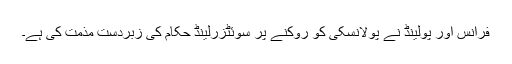
فرانس اور پولینڈ نے پولانسکی کو روکنے پر سوئٹزرلینڈ حکام کی زبردست مذمت کی ہے۔